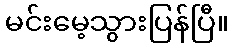
မင်းမေ့သွားပြန်ပြီ။